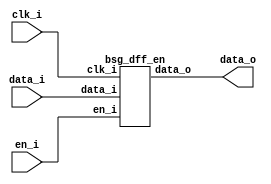


module top
(
  clk_i,
  data_i,
  en_i,
  data_o
);

  input [63:0] data_i;
  output [63:0] data_o;
  input clk_i;
  input en_i;

  bsg_dff_en
  wrapper
  (
    .data_i(data_i),
    .data_o(data_o),
    .clk_i(clk_i),
    .en_i(en_i)
  );


endmodule



module bsg_dff_en
(
  clk_i,
  data_i,
  en_i,
  data_o
);

  input [63:0] data_i;
  output [63:0] data_o;
  input clk_i;
  input en_i;
  reg [63:0] data_o;

  always @(posedge clk_i) begin
    if(en_i) begin
      { data_o[63:0] } <= { data_i[63:0] };
    end 
  end


endmodule